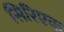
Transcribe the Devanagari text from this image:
सिरिएक